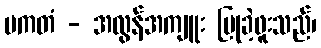
ပကတံ - အလွန်အကျူး ပြုခဲ့ဖူးသည်၊